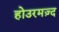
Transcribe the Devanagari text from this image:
होउरमज़्द